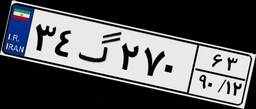
۳۴گ۲۷۰۶۳